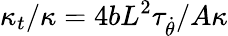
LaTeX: \kappa_{t}/\kappa=4bL^{2}\tau_{\dot{\theta}}/A\kappa